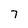
Character: 7